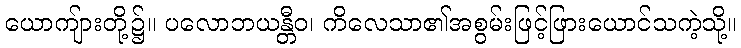
ယောကျ်ားတို့၌။ ပလောဘယန္တီဝ၊ ကိလေသာ၏အစွမ်းဖြင့်ဖြားယောင်သကဲ့သို့။